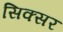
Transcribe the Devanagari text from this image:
सिक्सर